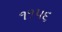
૧૧૫૬